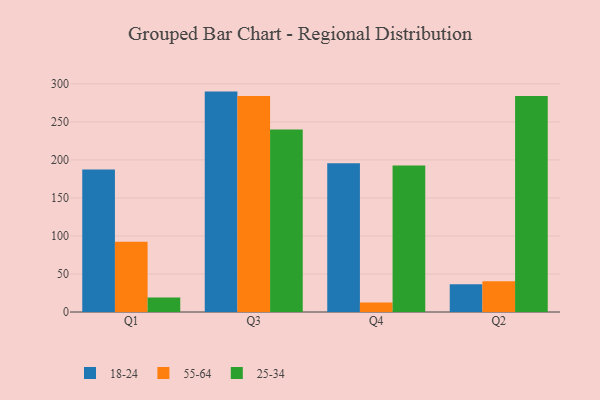
{"axis": {"x": "Quarter", "y": "Bounce Rate (%)"}, "legend": ["18-24", "25-34", "55-64"], "data": [{"x": "Q1", "y": 187.5, "type": "18-24"}, {"x": "Q1", "y": 92.3, "type": "55-64"}, {"x": "Q1", "y": 19.0, "type": "25-34"}, {"x": "Q3", "y": 289.8, "type": "18-24"}, {"x": "Q3", "y": 283.9, "type": "55-64"}, {"x": "Q3", "y": 239.9, "type": "25-34"}, {"x": "Q4", "y": 195.6, "type": "18-24"}, {"x": "Q4", "y": 12.6, "type": "55-64"}, {"x": "Q4", "y": 192.7, "type": "25-34"}, {"x": "Q2", "y": 36.4, "type": "18-24"}, {"x": "Q2", "y": 40.4, "type": "55-64"}, {"x": "Q2", "y": 284.1, "type": "25-34"}]}